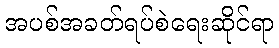
အပစ်အခတ်ရပ်စဲရေးဆိုင်ရာ